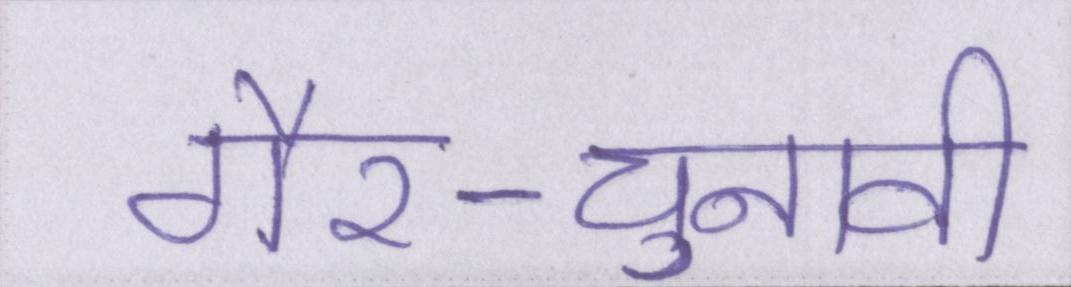
गैर-चुनावी